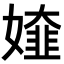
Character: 𡡰